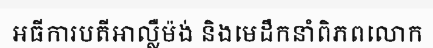
អធីការបតីអាល្លឺម៉ង់ និងមេដឹកនាំពិភពលោក